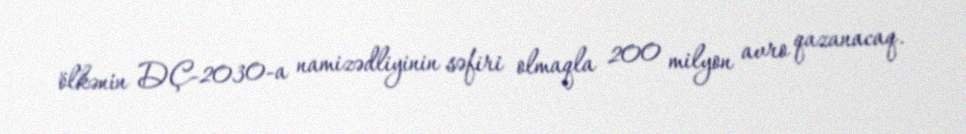
ölkənin DÇ-2030-a namizədliyinin səfiri olmaqla 200 milyon avro qazanacaq.